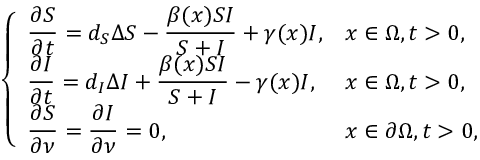
\left\{ \begin{array} { l l } { \displaystyle \frac { \partial S } { \partial t } = d _ { S } \Delta S - \displaystyle \frac { \beta ( x ) S I } { S + I } + \gamma ( x ) I , } & { x \in \Omega , t > 0 , \smallskip } \\ { \displaystyle \frac { \partial I } { \partial t } = d _ { I } \Delta I + \displaystyle \frac { \beta ( x ) S I } { S + I } - \gamma ( x ) I , } & { x \in \Omega , t > 0 , \smallskip } \\ { \displaystyle \frac { \partial S } { \partial \nu } = \displaystyle \frac { \partial I } { \partial \nu } = 0 , } & { x \in \partial \Omega , t > 0 , } \end{array} \right.